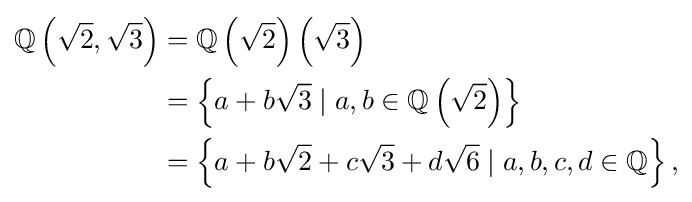
{\begin{aligned}\mathbb {Q} \left({\sqrt {2}},{\sqrt {3}}\right)&=\mathbb {Q} \left({\sqrt {2}}\right)\left({\sqrt {3}}\right)\\&=\left\{a+b{\sqrt {3}}\mid a,b\in \mathbb {Q} \left({\sqrt {2}}\right)\right\}\\&=\left\{a+b{\sqrt {2}}+c{\sqrt {3}}+d{\sqrt {6}}\mid a,b,c,d\in \mathbb {Q} \right\},\end{aligned}}